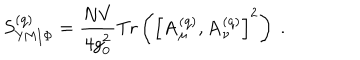
S _ { \mathrm { Y M / \Phi } } ^ { ( \mathrm { q } ) } = { \frac { N V } { 4 g _ { 0 } ^ { 2 } } } \mathrm { T r } \left( \left[ \mathbf { A } _ { \mu } ^ { ( \mathrm { q } ) } , \mathbf { A } _ { \nu } ^ { ( \mathrm { q } ) } \right] ^ { 2 } \right) \ .